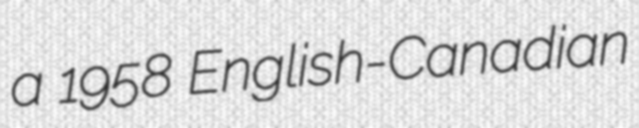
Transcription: a 1958 English-Canadian